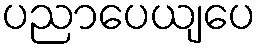
ပညာပေယျပေ